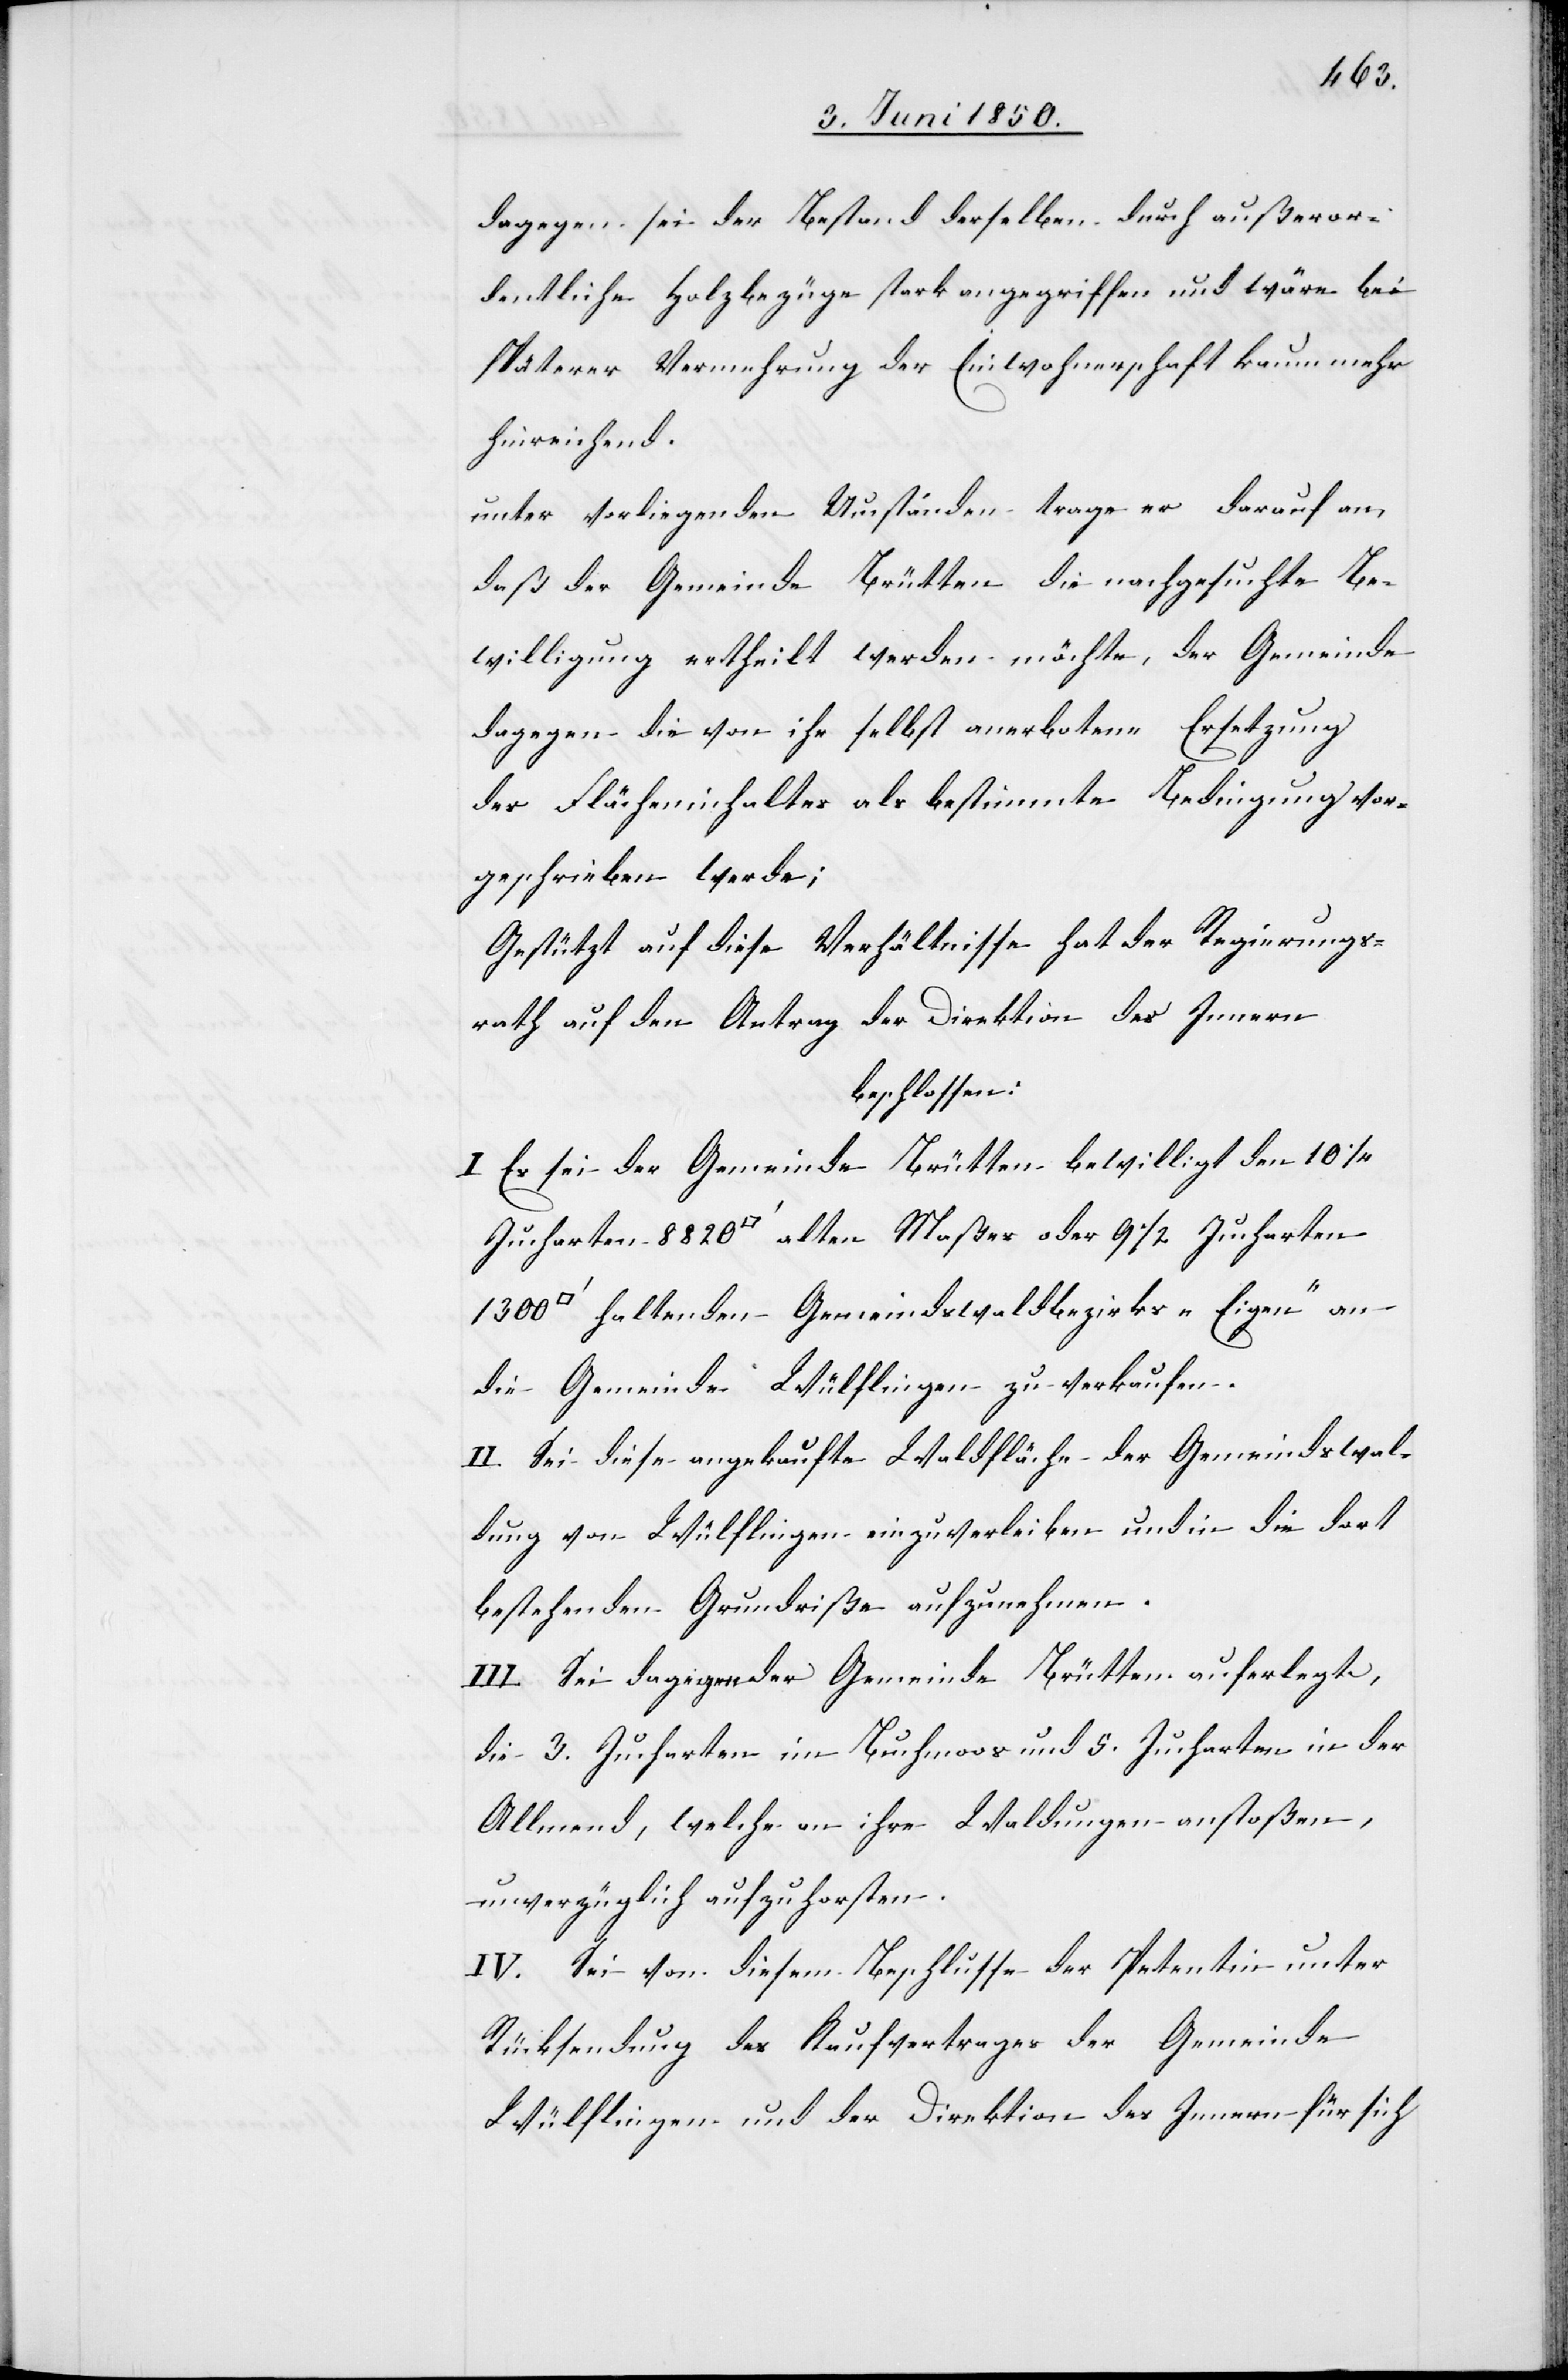
dagegen sei der Bestand derselben durch außeror¬
dentliche Holzbezüge stark angegriffen und wäre bei
späterer Vermehrung der Einwohnerschaft kaum mehr
hinreichend.
unter vorliegenden Umständen trage er darauf an,
daß der Gemeinde Brütten die nachgesuchte Be¬
willigung ertheilt werden möchte, der Gemeinde
dagegen die von ihr selbst anerbotene Ersetzung
des Flächeninhaltes als bestimmte Bedingung vor¬
geschrieben werde;
Gestützt auf diese Verhältnisse hat der Regierungs¬
rath auf den Antrag der Direktion des Innern
beschlossen:
I. Es sei der Gemeinde Brütten bewilligt den 10 1/4
haltenden Gemeindswaldbezirks „Eigen“ an
die Gemeinde Wülflingen zu verkaufen.
II. Sei diese angekaufte Waldfläche der Gemeindswal¬
dung von Wülflingen einzuverleiben und in die dort
bestehenden Grundriße aufzunehmen.
III. Sei dagegen der Gemeinde Brütten auferlegt,
die 3. Jucharten im Buchmoos und 5. Jucharten in der
Allmend, welche an ihre Waldungen anstoßen,
unverzüglich aufzuforsten.
IV. Sei von diesem Beschlusse der Petentin unter
Rücksendung des Kaufvertrages der Gemeinde
Wülflingen und der Direktion des Innern für sich